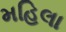
મહિલા